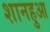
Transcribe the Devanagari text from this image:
शानहुआ